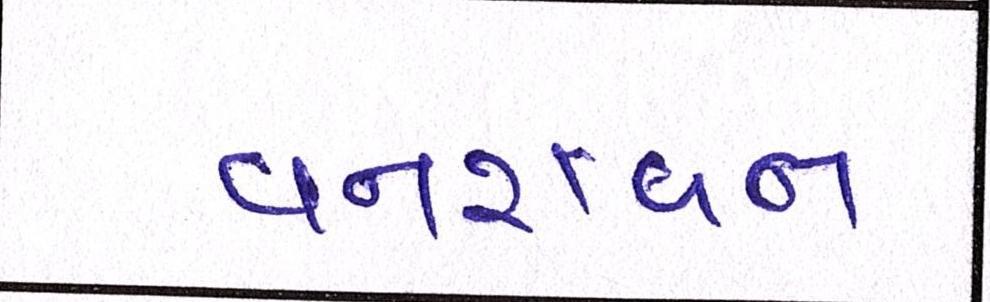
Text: વનરાવન